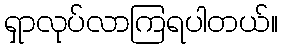
ရှာလုပ်လာကြရပါတယ်။